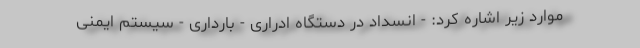
موارد زیر اشاره کرد: - انسداد در دستگاه ادراری - بارداری - سیستم ایمنی